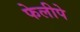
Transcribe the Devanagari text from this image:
फेलीपे